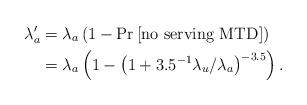
LaTeX: \begin{align*}{\lambda'_a} &= {\lambda _a}\left( {1 - \Pr \left[ \mathrm{no\ serving\ MTD} \right]} \right) \\ &= {\lambda _a}\left( {1 - {{\left( {1 + {{3.5}^{ - 1}}{\lambda _u}/{\lambda _a}} \right)}^{ - 3.5}}} \right).\end{align*}